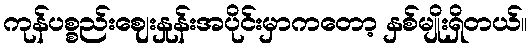
ကုန်ပစ္စည်းဈေးနှုန်းအပိုင်းမှာကတော့ နှစ်မျိုးရှိတယ်။